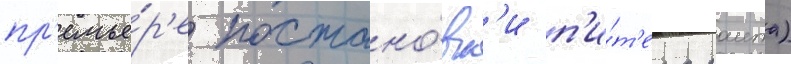
пр'емье́р'е постано́вк'и п'и́т'ера раита)